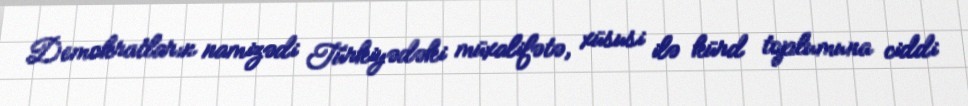
Demokratların namizədi Türkiyədəki müxalifətə, xüsusi ilə kürd toplumuna ciddi